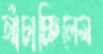
আঁচাচ্ছিলেম